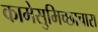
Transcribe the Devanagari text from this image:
कामेसुमिच्छाचारा